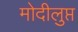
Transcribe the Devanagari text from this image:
मोदीलुप्त